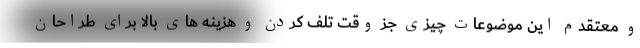
و معتقدم این موضوعات چیزی جز وقت تلف کردن و هزینه های بالا برای طراحان